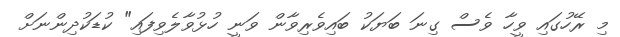
މި ރޭހުގައި ވީހާ ވެސް ގިނަ ބަޔަކު ބައިވެރިވާން ވަނީ ހުޅުވާލެވިފައި" ކުޑަކުދިންނަށް